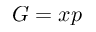
G = x p